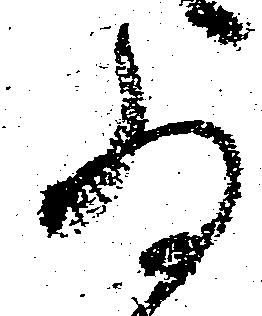
為